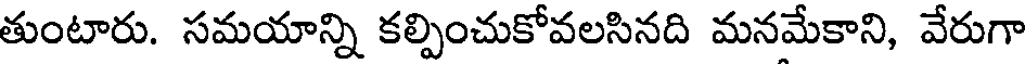
తుంటారు. సమయాన్ని కల్పించుకోవలసినది మనమేకాని, వేరుగా